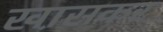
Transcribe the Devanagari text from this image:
खा़सकर